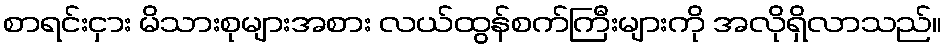
စာရင်းငှား မိသားစုများအစား လယ်ထွန်စက်ကြီးများကို အလိုရှိလာသည်။